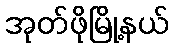
အုတ်ဖိုမြို့နယ်